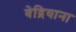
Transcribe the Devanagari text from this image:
बेद्रियाना